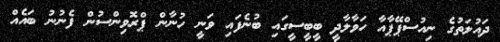
ދައުލަތުގެ ނިއުސްޕޭޕާއާ ހަވާލާދީ ބީބީސީގައި ބުނެފައި ވަނީ ހުނާން ޕްރޮވިންސުން ފެނުނު ބައެއް